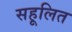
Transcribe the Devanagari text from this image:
सहूलित